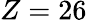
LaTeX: Z=26